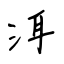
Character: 洱